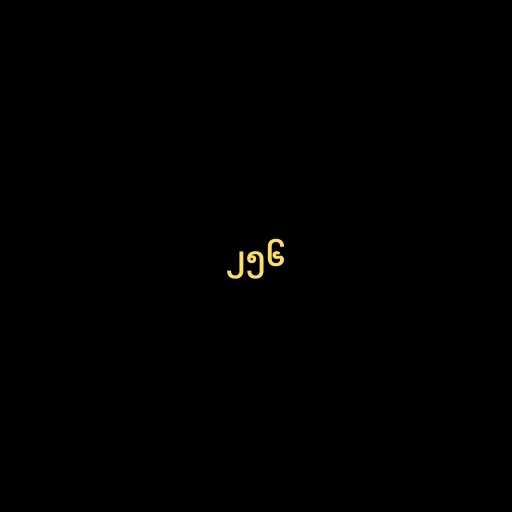
၂၅၆